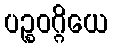
ပဉ္စဝဂ္ဂိယေ